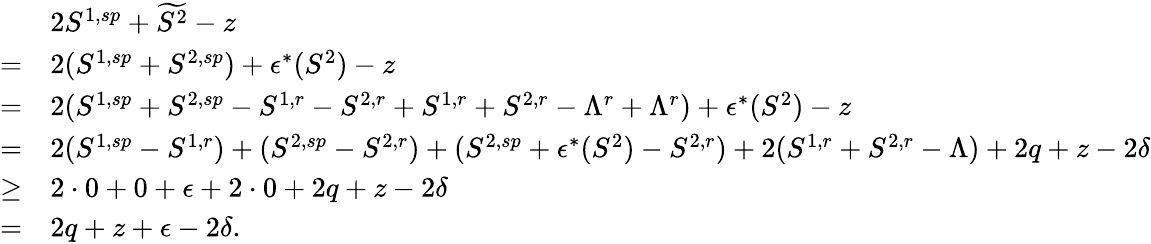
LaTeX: \begin{array}{rl}&{2S^{1,sp}+\widetilde{S^{2}}-z}\\ {=}&{2(S^{1,sp}+S^{2,sp})+\epsilon^{*}(S^{2})-z}\\ {=}&{2(S^{1,sp}+S^{2,sp}-S^{1,r}-S^{2,r}+S^{1,r}+S^{2,r}-\Lambda^{r}+\Lambda^{r})+\epsilon^{*}(S^{2})-z}\\ {=}&{2(S^{1,sp}-S^{1,r})+(S^{2,sp}-S^{2,r})+(S^{2,sp}+\epsilon^{*}(S^{2})-S^{2,r})+2(S^{1,r}+S^{2,r}-\Lambda)+2q+z-2\delta}\\ {\ge}&{2\cdot 0+0+\epsilon+2\cdot 0+2q+z-2\delta}\\ {=}&{2q+z+\epsilon-2\delta.}\end{array}